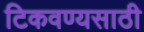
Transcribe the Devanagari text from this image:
टिकवण्यसाठी